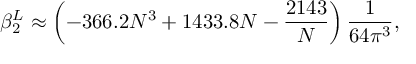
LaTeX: \beta _ { 2 } ^ { L } \approx \left( - 3 6 6 . 2 N ^ { 3 } + 1 4 3 3 . 8 N - \frac { 2 1 4 3 } { N } \right) \frac { 1 } { 6 4 \pi ^ { 3 } } ,